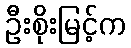
ဦးစိုးမြင့်က